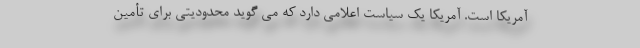
آمریکا است. آمریکا یک سیاست اعلامی دارد که می گوید محدودیتی برای تأمین